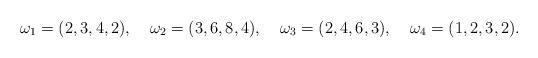
LaTeX: \begin{align*}\omega_1 &= (2,3,4,2),&\omega_2 &= (3,6,8,4),&\omega_3 &= (2,4,6,3),&\omega_4 = (1,2,3,2).\end{align*}